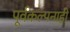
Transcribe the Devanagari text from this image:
पूर्वकल्पनाही